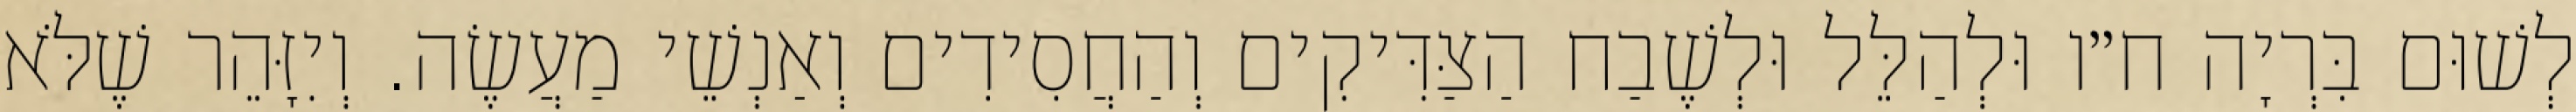
לְשׁוּם בִּרְיָה ח״ו וּלְהַלֵּל וּלְשֶׁבַח הַצַּדִּיקִים וְהַחֲסִידִים וְאַנְשֵׁי מַעֲשֶׂה. וְיִזָּהֵר שֶׁלֹּא